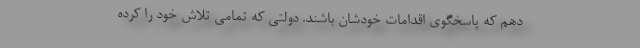
دهم که پاسخگوی اقدامات خودشان باشند. دولتی که تمامی تلاش خود را کرده